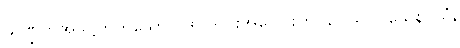
သဏ္ဌိတိအဝဋ္ဌိတိဟူသော ပုဒ်-၂-ပါးအပေါင်းကို။ ဥပသဂ္ဂဝသေန၊ သံ,